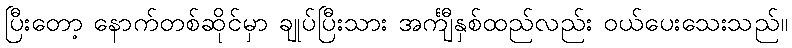
ပြီးတော့ နောက်တစ်ဆိုင်မှာ ချုပ်ပြီးသား အင်္ကျီနှစ်ထည်လည်း ဝယ်ပေးသေးသည်။